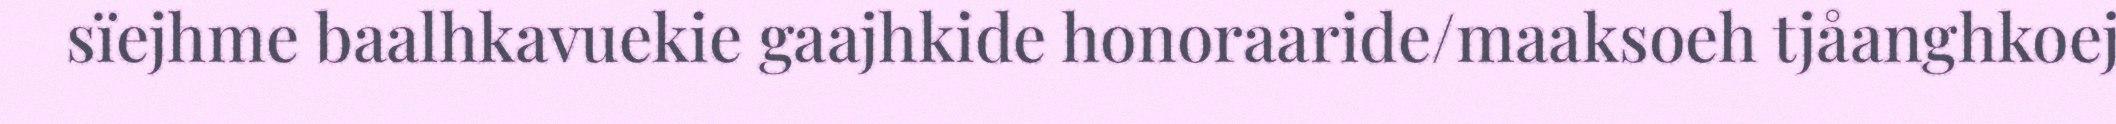
sïejhme baalhkavuekie gaajhkide honoraaride/maaksoeh tjåanghkoej